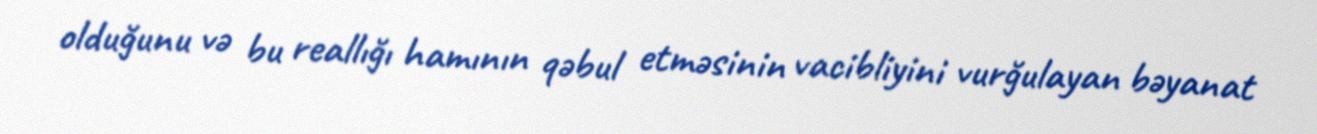
olduğunu və bu reallığı hamının qəbul etməsinin vacibliyini vurğulayan bəyanat